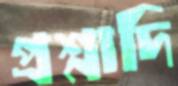
প্রশ্নাদি